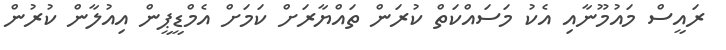
ރައީސް މައުމޫނާއި އެކު މަސައްކަތް ކުރަން ތައްޔާރަށް ކަމަށް އެމްޑީޕީން އިއުލާން ކުރުން